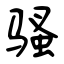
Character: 骚